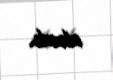
alındı.